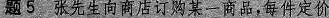
题5张先生向商店订购某一商品，每件定价